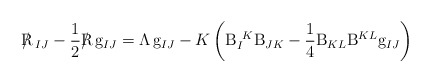
\begin{align*}{{\rm R}\hskip-0.3cm/}\hskip0.14cm_{IJ}-{1\over2}{{\rm R}\hskip-0.3cm/}\hskip0.14cm {\rm g}_{IJ}= {\sl\Lambda}\!\ {\rm g}_{IJ}-K\left({\rm B}_I^{\ K}{\rm B}_{JK} -{1\over4}{\rm B}_{KL}{\rm B}^{KL}{\rm g}_{IJ}\right)\end{align*}